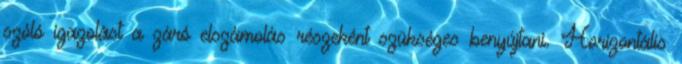
szóló igazolást a záró elszámolás részeként szükséges benyújtani. Horizontális